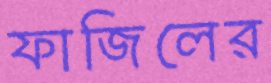
ফাজিলের